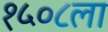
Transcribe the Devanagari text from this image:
१५०८ला